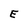
Character: E